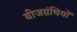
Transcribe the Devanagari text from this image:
बीजग्रंथियों